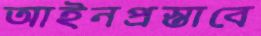
আইনপ্রস্তাবে